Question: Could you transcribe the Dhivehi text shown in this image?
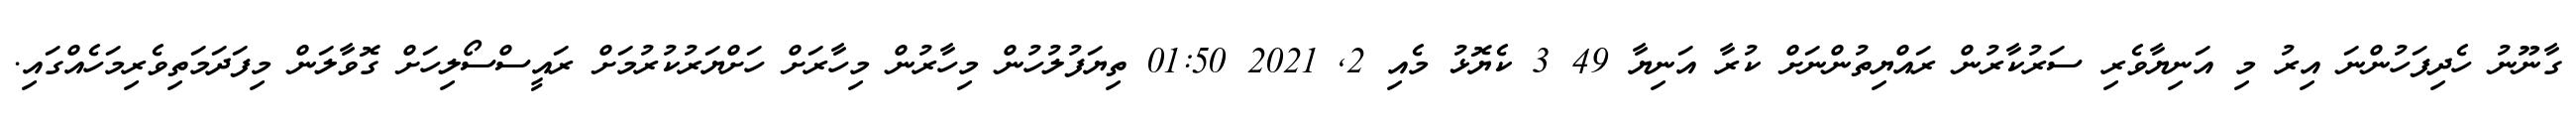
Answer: ގާނޫނު ހެދިފަހުންނަ އިރު މި އަނިޔާވެރި ސަރުކާރުން ރައްޔިތުންނަށް ކުރާ އަނިޔާ 49 3 ކެޔޮޅު މެއި 2, 2021 01:50 ތިޔަފުލުހުން މިހާރުން މިހާރަށް ހަށްޔަރުކުރުމަށް ރައީސްސޯލިހަށް ގޮވާލަން މިފަދަމަތިވެރިމަހެއްގައި.